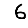
Digit: 6